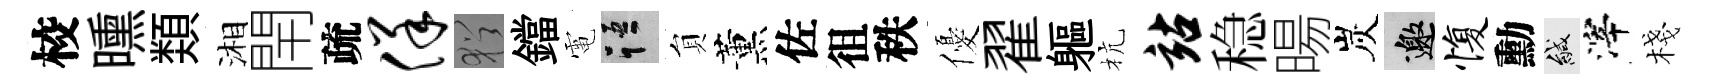
校曛𩔖湘閈疏佯猶鐺電語貟薰佐徂秩優翟軀杭站稳暘炭邀愎勳緘滓棧